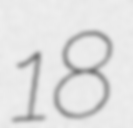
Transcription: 18